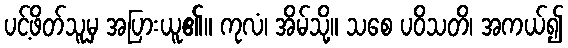
ပင့်ဖိတ်သူမှ အပြားယူ၏။ ကုလံ၊ အိမ်သို့။ သစေ ပဝိသတိ၊ အကယ်၍